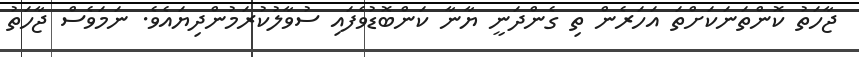
ޖާހަތު ކޮންތަނަކަށްތަ އަހަރެން ތި ގެންދަނީ ޔާނާ ކަންބޮޑުވެފައި ސުވާލުކުރަމުންދިޔައެވެ. ނަމަވެސް ޖާހަތު